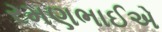
રમણભાઈએ